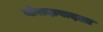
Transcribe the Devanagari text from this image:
मोरादाबादला